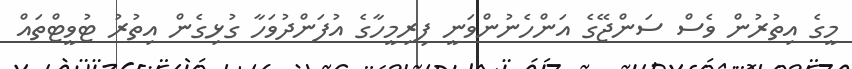
މީގެ އިތުރުން ވެސް ސަންޖޭގެ އަންހެނުންވަނީ ފިރިމީހާގެ އުފަންދުވަހާ ގުޅިގެން އިތުރު ޓުވީޓްތައް